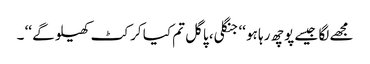
مجھے لگا جیسے پوچھ رہا ہو ‘‘ جنگلی، پاگل تم کیا کرکٹ کھیلو گے ‘‘ ۔